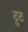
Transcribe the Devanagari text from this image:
ट्रुट